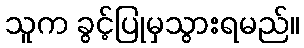
သူက ခွင့်ပြုမှသွားရမည်။